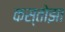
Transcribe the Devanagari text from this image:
कस्तोझा